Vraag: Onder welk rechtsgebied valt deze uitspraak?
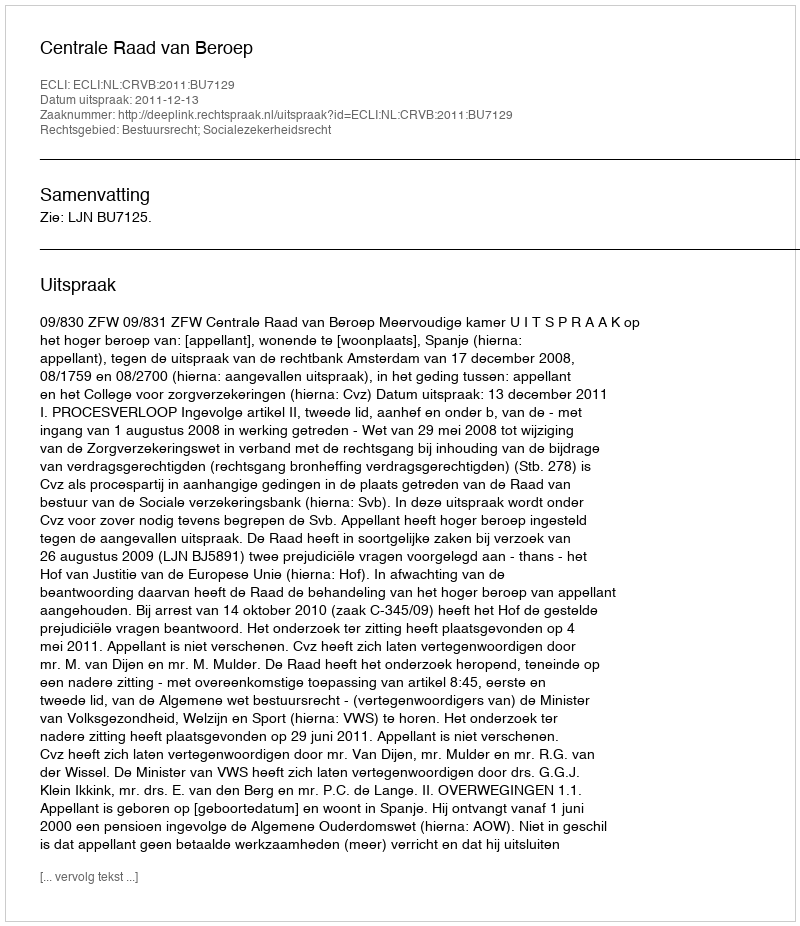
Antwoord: Bestuursrecht; Socialezekerheidsrecht